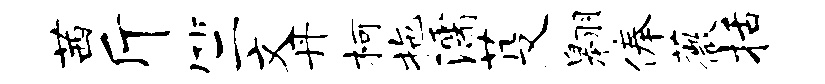
茜斤竺文丹柯拖濡芟翱俸薇括